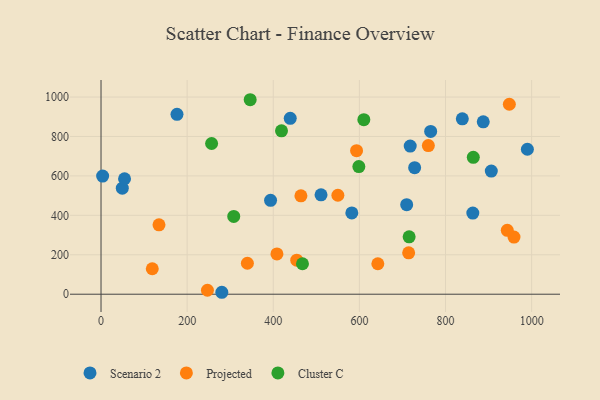
{"axis": {"x": "Price", "y": "Sales"}, "legend": ["Cluster C", "Projected", "Scenario 2"], "data": [{"x": "765.5", "y": 825.4, "type": "Scenario 2"}, {"x": "393.7", "y": 476.2, "type": "Scenario 2"}, {"x": "887.6", "y": 874.4, "type": "Scenario 2"}, {"x": "49.4", "y": 537.8, "type": "Scenario 2"}, {"x": "728.3", "y": 641.7, "type": "Scenario 2"}, {"x": "839.0", "y": 889.5, "type": "Scenario 2"}, {"x": "3.7", "y": 599.1, "type": "Scenario 2"}, {"x": "439.4", "y": 892.3, "type": "Scenario 2"}, {"x": "863.4", "y": 411.7, "type": "Scenario 2"}, {"x": "709.8", "y": 454.2, "type": "Scenario 2"}, {"x": "906.3", "y": 624.7, "type": "Scenario 2"}, {"x": "176.4", "y": 912.5, "type": "Scenario 2"}, {"x": "54.6", "y": 585.7, "type": "Scenario 2"}, {"x": "280.5", "y": 9.8, "type": "Scenario 2"}, {"x": "582.4", "y": 412.1, "type": "Scenario 2"}, {"x": "718.0", "y": 751.4, "type": "Scenario 2"}, {"x": "990.1", "y": 735.1, "type": "Scenario 2"}, {"x": "510.9", "y": 504.2, "type": "Scenario 2"}, {"x": "550.0", "y": 501.8, "type": "Projected"}, {"x": "339.9", "y": 157.1, "type": "Projected"}, {"x": "760.1", "y": 753.9, "type": "Projected"}, {"x": "247.1", "y": 20.1, "type": "Projected"}, {"x": "134.6", "y": 352.0, "type": "Projected"}, {"x": "959.0", "y": 289.7, "type": "Projected"}, {"x": "454.5", "y": 172.5, "type": "Projected"}, {"x": "943.4", "y": 324.0, "type": "Projected"}, {"x": "948.2", "y": 963.5, "type": "Projected"}, {"x": "119.0", "y": 129.1, "type": "Projected"}, {"x": "408.5", "y": 204.5, "type": "Projected"}, {"x": "464.2", "y": 498.8, "type": "Projected"}, {"x": "642.8", "y": 154.5, "type": "Projected"}, {"x": "593.4", "y": 727.9, "type": "Projected"}, {"x": "714.4", "y": 209.9, "type": "Projected"}, {"x": "346.4", "y": 986.4, "type": "Cluster C"}, {"x": "715.5", "y": 291.1, "type": "Cluster C"}, {"x": "308.2", "y": 394.7, "type": "Cluster C"}, {"x": "467.8", "y": 154.4, "type": "Cluster C"}, {"x": "419.1", "y": 828.8, "type": "Cluster C"}, {"x": "610.3", "y": 885.4, "type": "Cluster C"}, {"x": "256.8", "y": 764.3, "type": "Cluster C"}, {"x": "598.7", "y": 647.2, "type": "Cluster C"}, {"x": "864.5", "y": 694.2, "type": "Cluster C"}]}